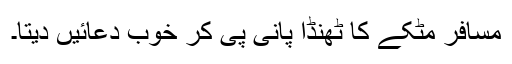
مسافر مٹکے کا ٹھنڈا پانی پی کر خوب دعائیں دیتا۔